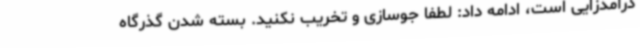
درآمدزایی است، ادامه داد: لطفا جوسازی و تخریب نکنید. بسته شدن گذرگاه